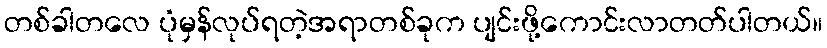
တစ်ခါတလေ ပုံမှန်လုပ်ရတဲ့အရာတစ်ခုက ပျင်းဖို့ကောင်းလာတတ်ပါတယ်။